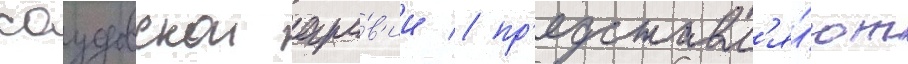
саудовскои ара́в'ии / пр'едставл'я́ют